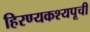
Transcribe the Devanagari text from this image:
हिरण्यकश्यपूची